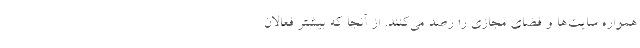
همواره سایت‌ها و فضای مجازی را رصد می‌کنند. از آنجا که بیشتر فعالان